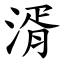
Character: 湑